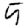
Digit: 5